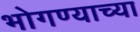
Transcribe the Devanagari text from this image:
भोगण्याच्या